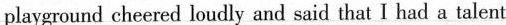
playground cheered loudly and said that I had a talent